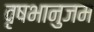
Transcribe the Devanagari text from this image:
वृषभानुजम